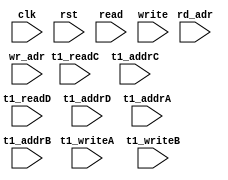
module ip_top_sva_2_smurf_2r2w
  #(
parameter     NUMADDR = 1024,
parameter     BITADDR = 10,
parameter     NUMWRPRT = 1,
parameter     NUMRDPRT = 1)
(
  input clk,
  input rst,
  input [NUMRDPRT-1:0]             read,
  input [NUMRDPRT*BITADDR-1:0]     rd_adr,
  input [NUMWRPRT-1:0]             write,
  input [NUMWRPRT*BITADDR-1:0]     wr_adr,
  input                            t1_readC,
  input [BITADDR-1:0]              t1_addrC,
  input                            t1_readD,
  input [BITADDR-1:0]              t1_addrD,
  input                            t1_writeA, 
  input [BITADDR-1:0]              t1_addrA, 
  input                            t1_writeB, 
  input [BITADDR-1:0]              t1_addrB
);

`ifdef FORMAL
//synopsys translate_off
genvar wr_int;
generate for (wr_int=0; wr_int<NUMWRPRT; wr_int=wr_int+1) begin: wradr_loop
  wire write_wire = write >> wr_int;
  wire [BITADDR-1:0] wr_adr_wire = wr_adr >> (wr_int*BITADDR);

  assert_wr_range_check: assume property (@(posedge clk) disable iff (rst) write_wire |-> (wr_adr_wire < NUMADDR));
end
endgenerate

genvar t1_vbnk_int, t1_prpt_int;

genvar rd_int;
generate for (rd_int=0; rd_int<NUMRDPRT; rd_int=rd_int+1) begin: rd_loop
  wire read_wire = read >> rd_int;
  wire [BITADDR-1:0] rd_adr_wire = rd_adr >> (rd_int*BITADDR);

  assert_rd_range_check: assume property (@(posedge clk) disable iff (rst) read_wire |-> (rd_adr_wire < NUMADDR));
end
endgenerate

//synopsys translate_on
`endif
endmodule

module ip_top_sva_smurf_2r2w
#(
  parameter WIDTH = 16,
  parameter BITWDTH = 4,
  parameter NUMRDPRT = 1,
  parameter NUMWRPRT = 1,
  parameter NUMADDR  = 1024,
  parameter BITADDR  = 10,
  parameter SRAM_DELAY = 1,
  parameter FLOPIN    = 0,
  parameter FLOPOUT   = 0
)
(
  input clk,
  input rst,
  input [NUMRDPRT-1:0] read,
  input [NUMRDPRT*BITADDR-1:0] rd_adr,
  input [NUMRDPRT*WIDTH-1:0] rd_dout,
  input [NUMRDPRT-1:0] rd_vld,
  input [NUMWRPRT-1:0] write,
  input [NUMWRPRT*BITADDR-1:0] wr_adr,
  input [NUMWRPRT*WIDTH-1:0] din,
  input [NUMWRPRT*WIDTH-1:0] bw,
  input t1_writeA,
  input [WIDTH-1:0] t1_dinA,
  input [WIDTH-1:0] t1_bwA,
  input [BITADDR-1:0] t1_addrA,
  input t1_writeB,
  input [WIDTH-1:0] t1_dinB,
  input [WIDTH-1:0] t1_bwB,
  input [BITADDR-1:0] t1_addrB,
  input t1_readC,
  input [WIDTH-1:0] t1_doutC,
  input [BITADDR-1:0] t1_addrC,
  input t1_readD,
  input [WIDTH-1:0] t1_doutD,
  input [BITADDR-1:0] t1_addrD,
  input [BITADDR-1:0] select_addr,
  input [BITWDTH-1:0] select_bit
);
`ifdef FORMAL
//synopsys translate_off

wire [BITADDR-1:0] wr_adr_wire [0:NUMWRPRT-1];
wire [WIDTH-1:0]   wr_din_wire [0:NUMWRPRT-1];
wire [WIDTH-1:0]   bw_wire [0:NUMWRPRT-1];
genvar wr_var;
generate for (wr_var=0; wr_var<NUMWRPRT; wr_var=wr_var+1) begin : wr_loop
  assign bw_wire[wr_var]     = bw[WIDTH*(wr_var+1)-1:WIDTH*wr_var]; 
  assign wr_adr_wire[wr_var] = wr_adr[BITADDR*(wr_var+1)-1: BITADDR*wr_var];
  assign wr_din_wire[wr_var] = din[WIDTH*(wr_var+1)-1:WIDTH*wr_var];
end
endgenerate

reg meminv;
reg mem;
always @(posedge clk) 
  if(rst)
    meminv <= 1'b1;
  else begin 
    if(t1_writeA && t1_bwA[select_bit] && (t1_addrA == select_addr)) begin
      meminv <= 1'b0;
      mem <= t1_dinA[select_bit];
    end 
    if(t1_writeB && t1_bwB[select_bit] && (t1_addrB == select_addr)) begin
      meminv <= 1'b0;
      mem <= t1_dinB[select_bit];
    end
  end

generate if (SRAM_DELAY>0) begin :dp_loop
assert_pdoutC_check: assert property (@(posedge clk) disable iff (rst)
				       (t1_readC && (t1_addrC == select_addr)) |-> ##SRAM_DELAY
                                       ($past(meminv,SRAM_DELAY) || (t1_doutC[select_bit] == $past(mem,SRAM_DELAY))));
assert_pdoutD_check: assert property (@(posedge clk) disable iff (rst)
				       (t1_readD && (t1_addrD == select_addr)) |-> ##SRAM_DELAY
                                       ($past(meminv,SRAM_DELAY) || (t1_doutD[select_bit] == $past(mem,SRAM_DELAY))));
end else begin : ndp_loop
assert_pdoutC_check: assert property (@(posedge clk) disable iff (rst)
				       (t1_readC && (t1_addrC == select_addr)) |-> ##SRAM_DELAY
                                       (meminv || (t1_doutC[select_bit] == mem)));
assert_pdoutD_check: assert property (@(posedge clk) disable iff (rst)
				       (t1_readD && (t1_addrD == select_addr)) |-> ##SRAM_DELAY
                                       (meminv || (t1_doutD[select_bit] == mem)));
end 
endgenerate

reg fakememinv;
reg fakemem;
always @(posedge clk)
  if (rst) 
    fakememinv <= 1'b1;
  else  for (integer w_int=0;w_int<NUMWRPRT; w_int=w_int+1) 
      if (write[w_int] && bw_wire[w_int][select_bit] && (wr_adr_wire[w_int] == select_addr)) begin
        fakememinv <= 1'b0;
        fakemem <= wr_din_wire[w_int][select_bit];
      end

assert_fakemem_check: assert property (@(posedge clk) disable iff (rst) 1'b1 |-> ##1
					   (fakememinv || fakemem == mem));

genvar doutr_int;
generate for (doutr_int=0; doutr_int<NUMRDPRT; doutr_int=doutr_int+1) begin: doutr_loop
  wire read_wire = read >> doutr_int;
  wire [BITADDR-1:0] rd_adr_wire = rd_adr >> (doutr_int*BITADDR);
  wire rd_vld_wire = rd_vld >> doutr_int;
  wire [WIDTH-1:0] rd_dout_wire = rd_dout >> (doutr_int*WIDTH);

  if(FLOPIN+SRAM_DELAY+FLOPOUT>0) begin : dly_loop
  assert_dout_check: assert property (@(posedge clk) disable iff (rst) (read_wire && (rd_adr_wire == select_addr)) |-> ##(FLOPIN+SRAM_DELAY+FLOPOUT)
                                      ($past(fakememinv,FLOPIN+SRAM_DELAY+FLOPOUT) ||
                                                       ((rd_vld_wire == 1'b1) && (rd_dout_wire[select_bit] == $past(fakemem,FLOPIN+SRAM_DELAY+FLOPOUT)))));
  end else begin : ndly_loop
  assert_dout_check: assert property (@(posedge clk) disable iff (rst) (read_wire && (rd_adr_wire == select_addr)) |-> ##(FLOPIN+SRAM_DELAY+FLOPOUT)
                                      (fakememinv || ((rd_vld_wire==1'b1) && (rd_dout_wire[select_bit] == fakemem))));
  end
end
endgenerate
//synopsys translate_on
`endif

endmodule